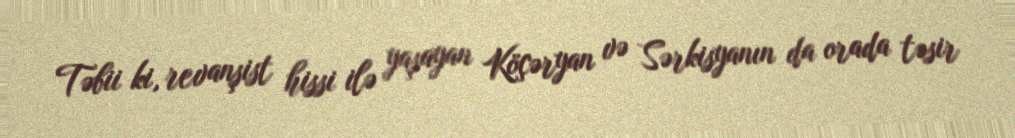
Təbii ki, revanşist hissi ilə yaşayan Köçəryan və Sərkisyanın da orada təsir